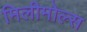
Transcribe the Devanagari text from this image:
मिलीमोल्स